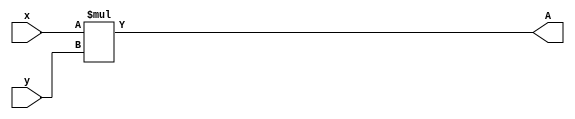
module top
(
    input [5:0] x,
    input [5:0] y,

    output [11:0] A,
);
    assign A =  x * y;
endmodule